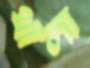
থালা